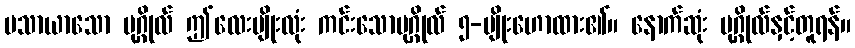
မသာယာသော ပုဂ္ဂိုလ် ဤလေးမျိုးလုံး ကင်းသောပုဂ္ဂိုလ် ၅-မျိုးဟောထား၏။ နောက်ဆုံး ပုဂ္ဂိုလ်နှင့်တူရန်။